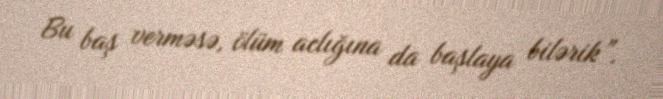
Bu baş verməsə, ölüm aclığına da başlaya bilərik”.